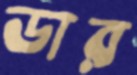
ডার